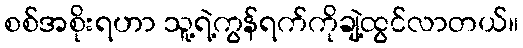
စစ်အစိုးရဟာ သူ့ရဲ့ကွန်ရက်ကိုချဲ့ထွင်လာတယ်။